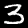
Digit: 3